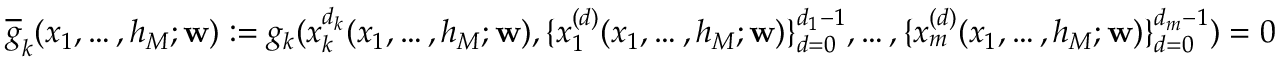
\overline { { g } } _ { k } ( x _ { 1 } , \hdots , h _ { M } ; \mathbf { w } ) : = g _ { k } ( x _ { k } ^ { d _ { k } } ( x _ { 1 } , \hdots , h _ { M } ; \mathbf { w } ) , \{ x _ { 1 } ^ { ( d ) } ( x _ { 1 } , \hdots , h _ { M } ; \mathbf { w } ) \} _ { d = 0 } ^ { d _ { 1 } - 1 } , \hdots , \{ x _ { m } ^ { ( d ) } ( x _ { 1 } , \hdots , h _ { M } ; \mathbf { w } ) \} _ { d = 0 } ^ { d _ { m } - 1 } ) = 0